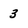
Character: 3